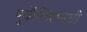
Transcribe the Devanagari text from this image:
युकॅलिप्टसची